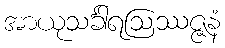
အာယုသင်္ခါရဩဿဇ္ဇနံ